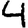
Digit: 4